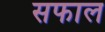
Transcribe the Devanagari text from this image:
सफाल